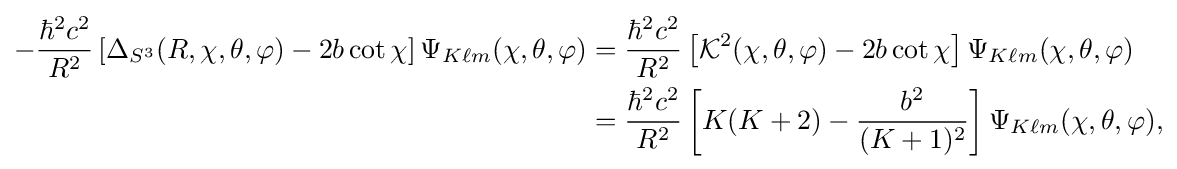
{\begin{aligned}-{\frac {\hbar ^{2}c^{2}}{R^{2}}}\left[\Delta _{S^{3}}(R,\chi ,\theta ,\varphi )-2b\cot \chi \right]\Psi _{K\ell m}(\chi ,\theta ,\varphi )&={\frac {\hbar ^{2}c^{2}}{R^{2}}}\left[{\mathcal {K}}^{2}(\chi ,\theta ,\varphi )-2b\cot \chi \right]\Psi _{K\ell m}(\chi ,\theta ,\varphi )\\&={\frac {\hbar ^{2}c^{2}}{R^{2}}}\left[K(K+2)-{\frac {b^{2}}{(K+1)^{2}}}\right]\Psi _{K\ell m}(\chi ,\theta ,\varphi ),\end{aligned}}